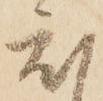
度